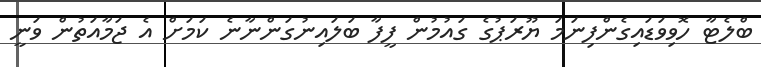
ބްލެޓާ ހޮވިވަޑައިގެންފިނަމަ ޔޫރަޕުގެ ގައުމުން ފީފާ ބަލައިނުގަންނާނެ ކަމަށް އެ ޖަމާއަތުން ވަނީ